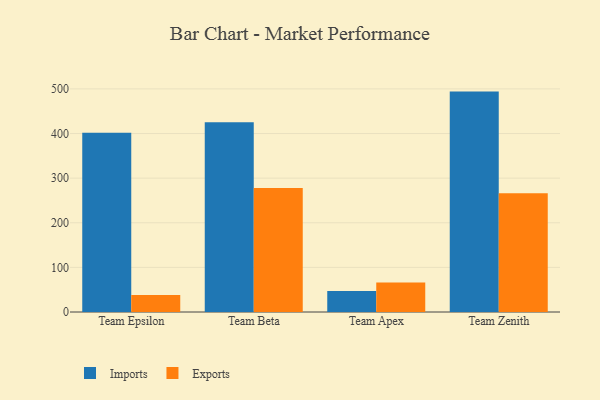
{"axis": {"x": "Team", "y": "Population (Million)"}, "legend": ["Exports", "Imports"], "data": [{"x": "Team Epsilon", "y": 401.9, "type": "Imports"}, {"x": "Team Epsilon", "y": 38.2, "type": "Exports"}, {"x": "Team Beta", "y": 425.5, "type": "Imports"}, {"x": "Team Beta", "y": 277.9, "type": "Exports"}, {"x": "Team Apex", "y": 46.9, "type": "Imports"}, {"x": "Team Apex", "y": 66.2, "type": "Exports"}, {"x": "Team Zenith", "y": 494.0, "type": "Imports"}, {"x": "Team Zenith", "y": 265.9, "type": "Exports"}]}